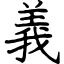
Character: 義